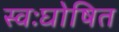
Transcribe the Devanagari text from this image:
स्वःघोषित